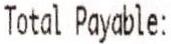
TOTAL PAYABLE: